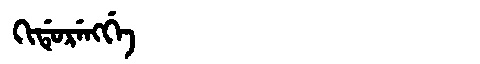
Manchu: ᡴᡳᡩᡠᡵᡝᠩᡤᡝ
Romanization: KIDURENGGE